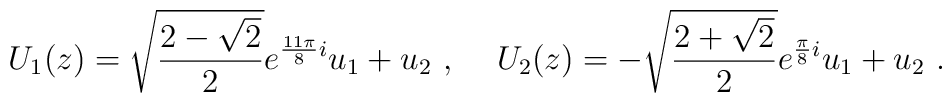
U_1(z)=\sqrt{\frac{2-\sqrt{2}}{2}} e^{\frac{11\pi}{8}i} u_1 +u_2~,\hskip 0.5cmU_2(z)=-\sqrt{\frac{2+\sqrt{2}}{2}} e^{\frac{\pi}{8}i} u_1 +u_2 ~.